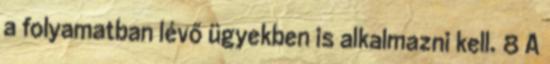
a folyamatban lévő ügyekben is alkalmazni kell. 8 A